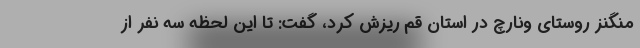
منگنز روستای ونارچ در استان قم ریزش کرد، گفت: تا این لحظه سه نفر از